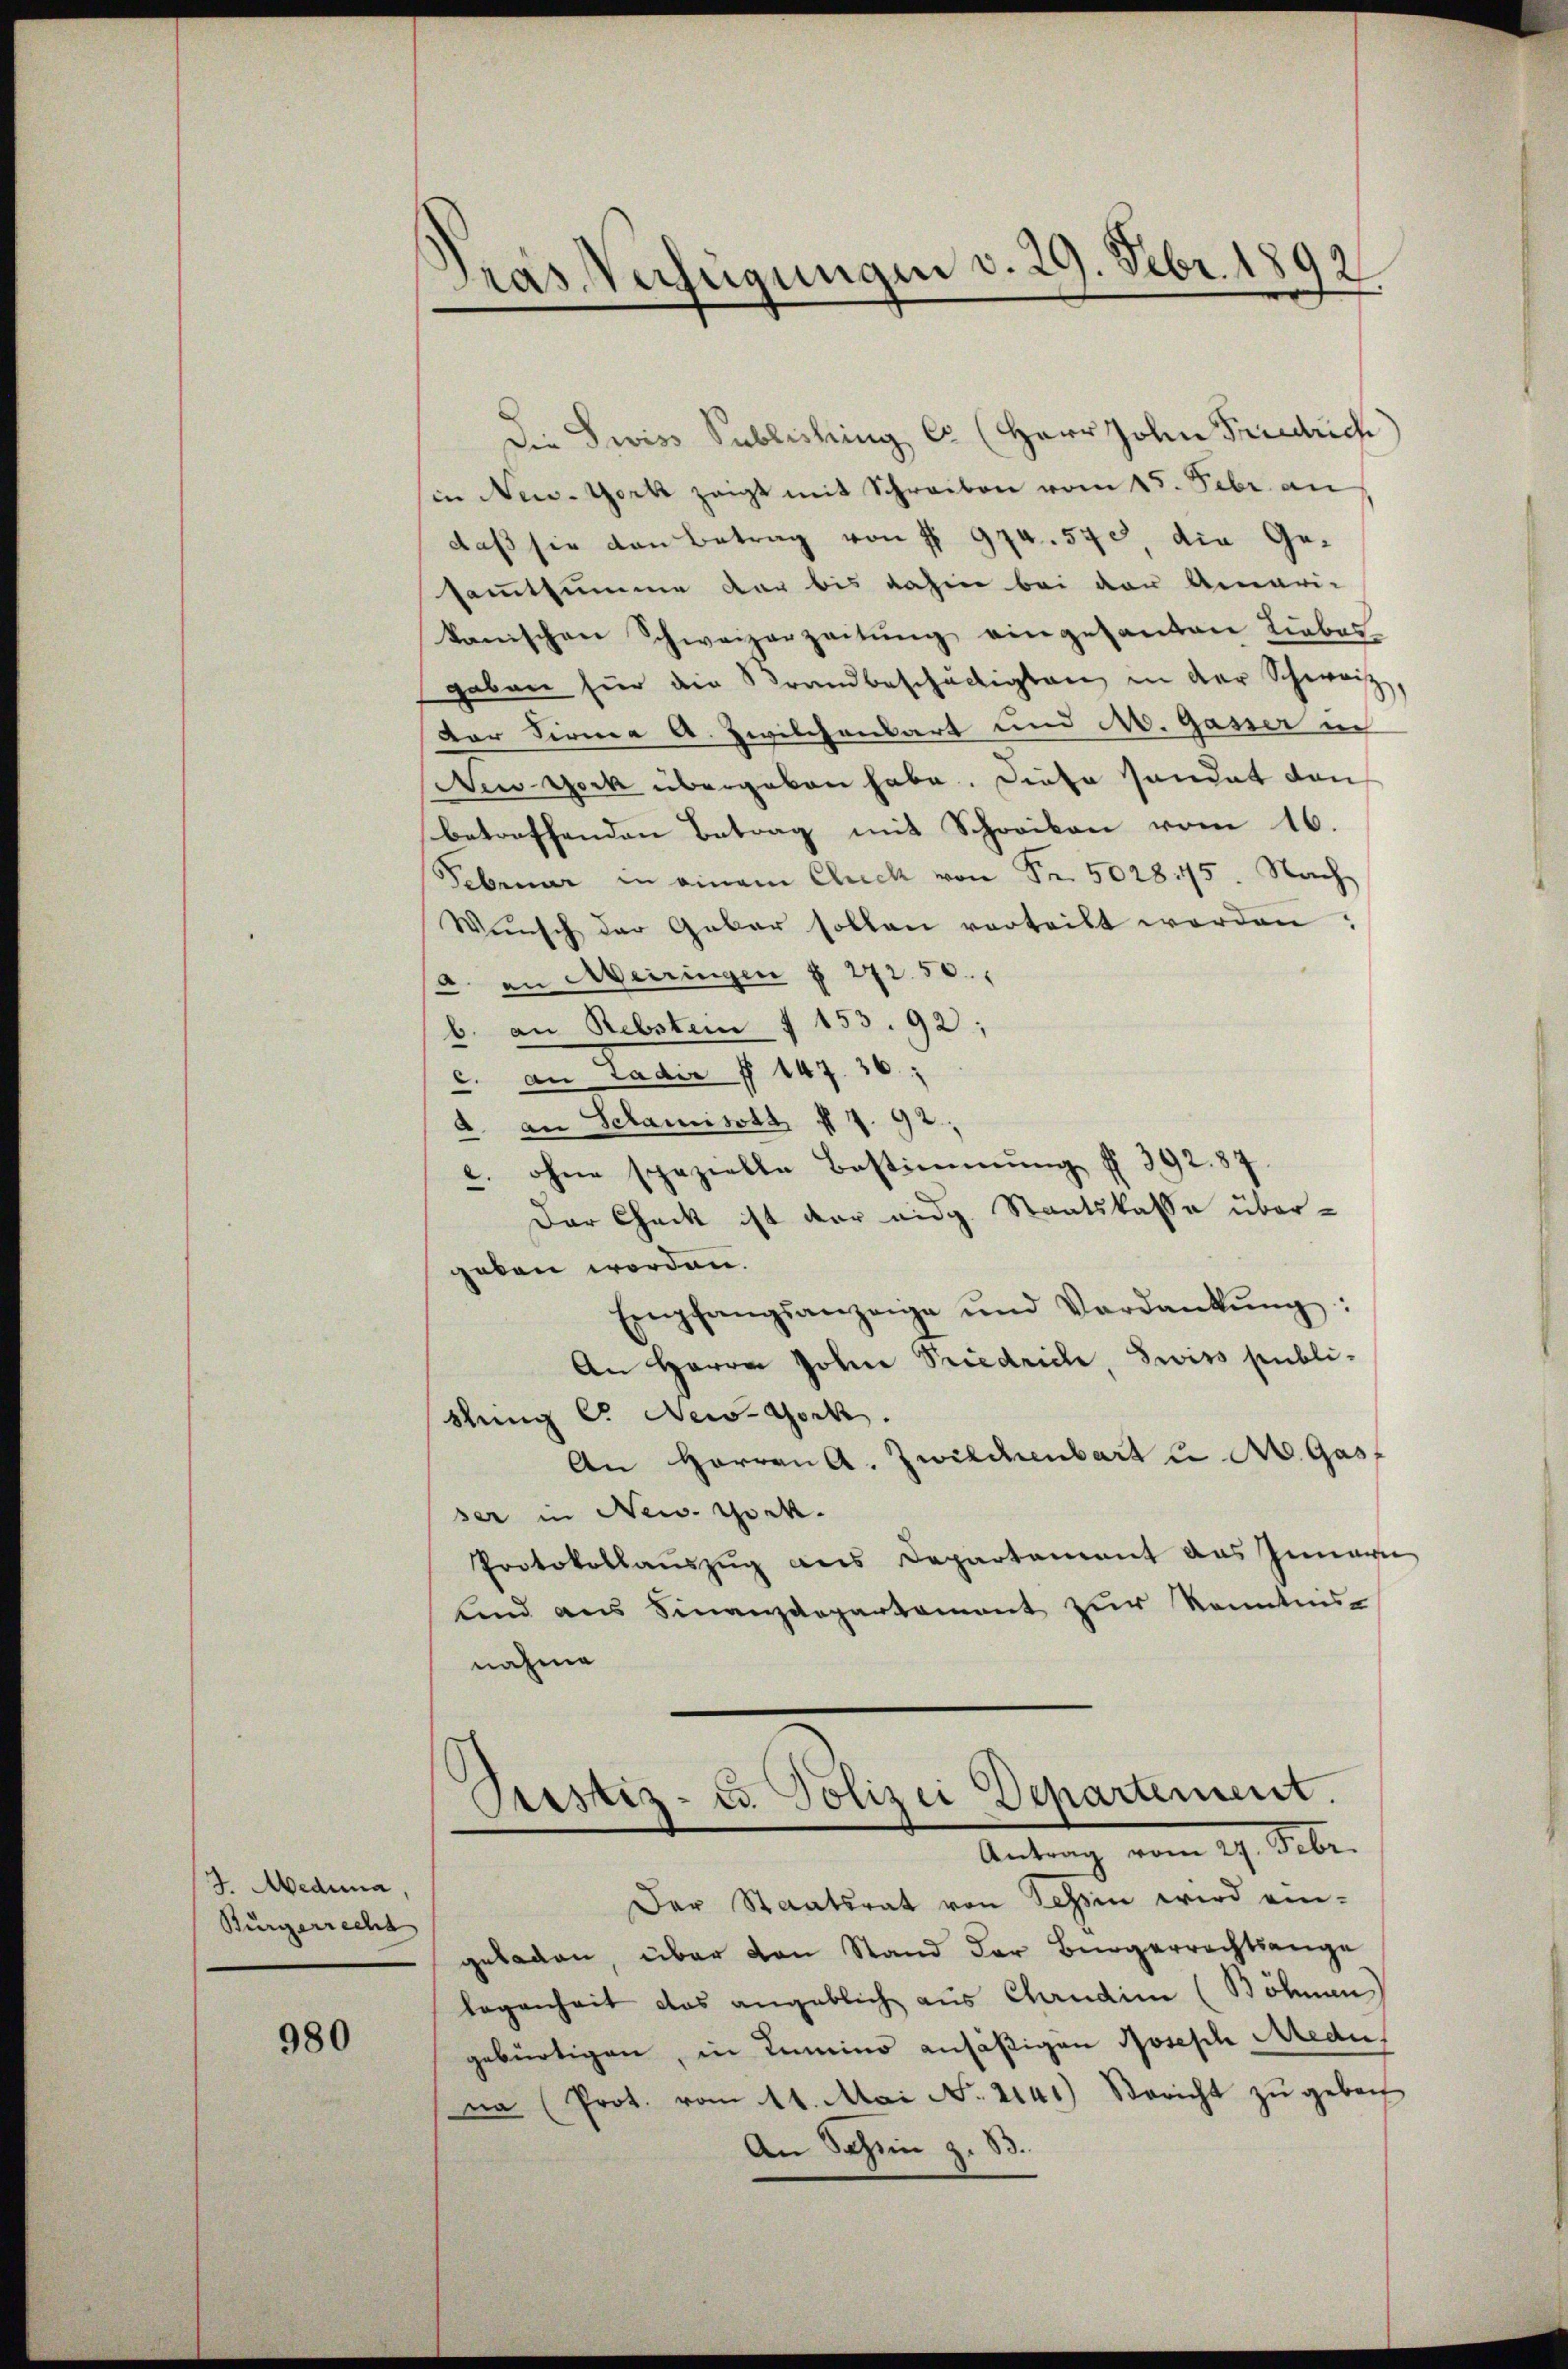
J. Medina
Burgerrecht

980

Tras Verfügungen v. 29. Febr. 1892

Die Gewiss Sublicking Co (Herr John Friedrich
in New-York zeigt mit Schreiben vom 15. Febr. an
daß sie den Betrag von § 974. 570 die Gesammtsumme der bis dahin bei der Ammari-
kanischen Schweizerzeitung eingesanten Liebes-
gaben hier die Brandbeschädigten in der Schweiz
Der Firma A. Zwilchenbart und A. Gasser in
New York übergeben habe. Diese sandat den
betreffenden Betrag mit Schreiben vom 16.
Februar in einem Cluck von Fr. 502815. Nach
Wünsch der Gebar sollen verteilt werden:
(a. an Meiringen § 272. 50.
b. an Rebstein I 153. 92:
c. an Ladir § 147. 36
A. an Schanisatz f 7. 92.
2. ohne spezielle Bestimmung § 392. 87.
Der Chack ist der eidg. Staatskasse übergeben worden.
Empfangsanzeige und Verdankŭng:
An Herrn John Priedrich, Swiss publi-
stung C. Deco-Gock.
An Herren A. Zwilchenbart u A. Gasf
ser in New York.
Protokollaŭszŭg ans Departement das Innern
lind aus Finanzdepartament zur Kenntnis-
nahme
Piustiz- u. Polizei Departement.
Antrag vom 27. Febr.
Der Staatsrat von Tessin wird ein-
geladen, über von Stand der Bürgerrechtsange
legenheit das angeblich aus Candin (Böhnen
gebürtigen, in Lumino ansäßigen Joseph Medi
na (Prot. vom 11. Mai No. 2141) Sericht zŭ gebach
An Schin z. B.